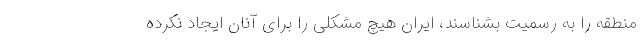
منطقه را به رسمیت بشناسند، ایران هیچ مشکلی را برای آنان ایجاد نکرده